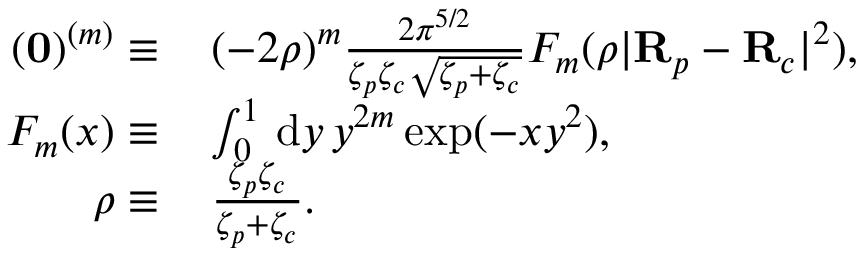
\begin{array} { r l } { ( \mathbf { 0 } ) ^ { ( m ) } \equiv \, } & { ( - 2 \rho ) ^ { m } \frac { 2 \pi ^ { 5 / 2 } } { \zeta _ { p } \zeta _ { c } \sqrt { \zeta _ { p } + \zeta _ { c } } } F _ { m } ( \rho | \mathbf { R } _ { p } - \mathbf { R } _ { c } | ^ { 2 } ) , } \\ { F _ { m } ( x ) \equiv \, } & { \int _ { 0 } ^ { 1 } \, \mathrm { d } y \, y ^ { 2 m } \exp ( - x y ^ { 2 } ) , } \\ { \rho \equiv \, } & { \frac { \zeta _ { p } \zeta _ { c } } { \zeta _ { p } + \zeta _ { c } } . } \end{array}